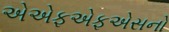
એએફએફએસનો